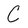
Character: C